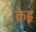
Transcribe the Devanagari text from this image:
केहृ